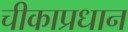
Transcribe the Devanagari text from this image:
चीकाप्रधान